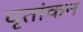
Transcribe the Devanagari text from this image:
वृतांकन